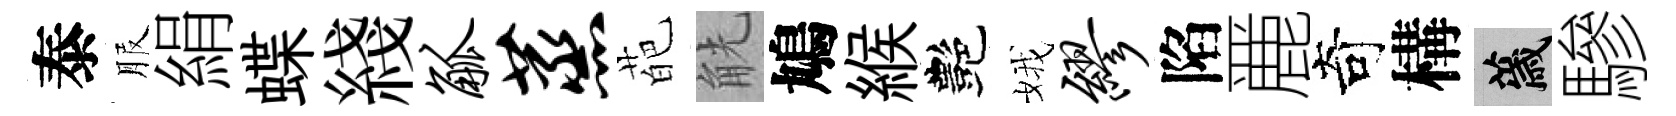
泰服絹蝶綫觚蒸葩觥鳩緱艷娥缪陷䴡奇構薉驂